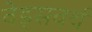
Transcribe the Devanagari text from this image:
वेड्सवर्थ